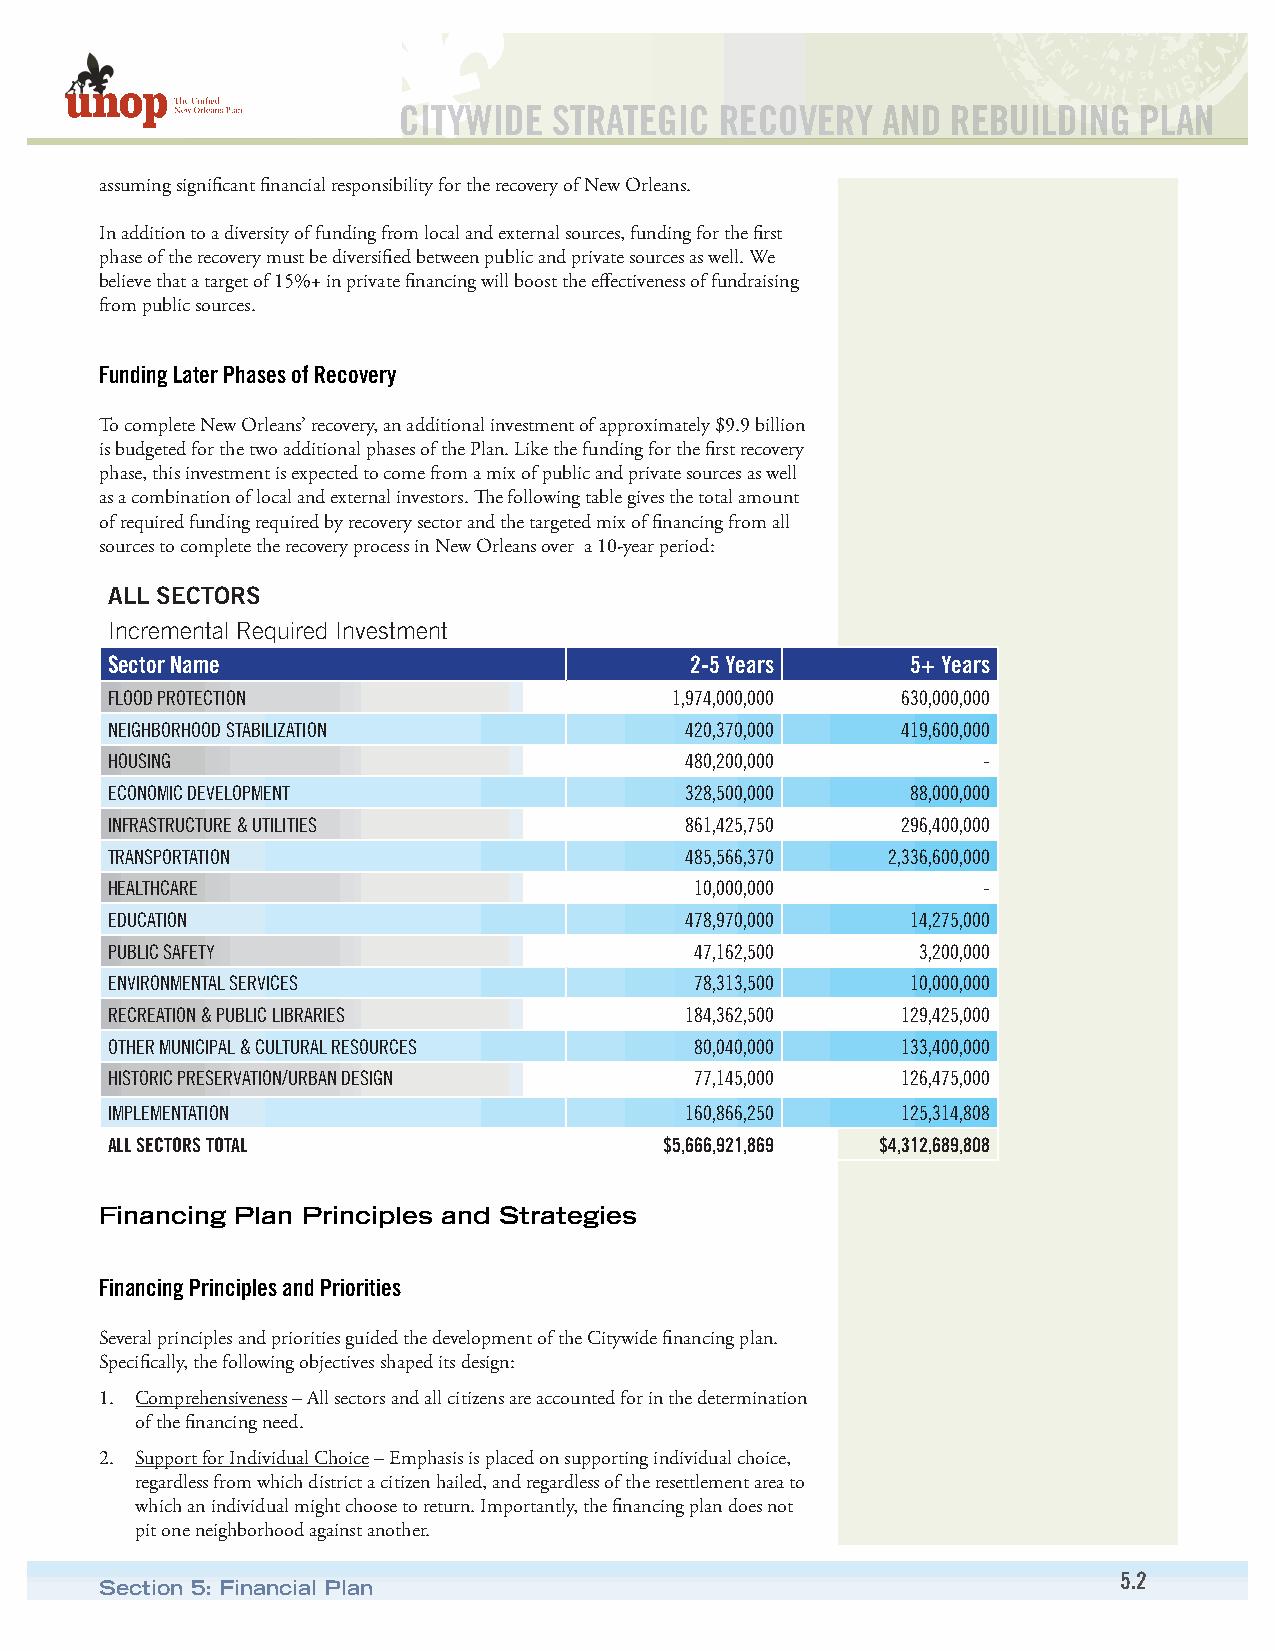
CITYWIDE   STRATEGIC  RECOVERY  AND  REBUILDING  PLAN
 assuming significant financial responsibility for the recovery of New Orleans.
 In addition to a diversity of funding from local and external sources, funding for the first
 phase of the recovery must be diversified between public and private sources as well. We
 believe that a target of 15%+ in private financing will boost the effectiveness of fundraising
 from public sources.
 Funding Later Phases of Recovery
 To complete New Orleans’ recovery, an additional investment of approximately $9.9 billion
 is budgeted for the two additional phases of the Plan. Like the funding for the first recovery
 phase, this investment is expected to come from a mix of public and private sources as well
 as a combination of local and external investors. The following table gives the total amount
 of required funding required by recovery sector and the targeted mix of financing from all
 sources to complete the recovery process in New Orleans over a 10-year period:
 ALL SECTORS
 Incremental Required Investment
 Sector Name                            2-5 Years     5+ Years
 FLOOD PROTECTION                     1,974,000,000   630,000,000
 NEIGHBORHOOD STABILIZATION            420,370,000    419,600,000
 HOUSING                               480,200,000         -
 ECONOMIC DEVELOPMENT                  328,500,000    88,000,000
 INFRASTRUCTURE & UTILITIES            861,425,750    296,400,000
 TRANSPORTATION                        485,566,370   2,336,600,000
 HEALTHCARE                             10,000,000         -
 EDUCATION                             478,970,000    14,275,000
 PUBLIC SAFETY                          47,162,500     3,200,000
 ENVIRONMENTAL SERVICES                 78,313,500    10,000,000
 RECREATION & PUBLIC LIBRARIES         184,362,500    129,425,000
 OTHER MUNICIPAL & CULTURAL RESOURCES   80,040,000    133,400,000
 HISTORIC PRESERVATION/URBAN DESIGN     77,145,000    126,475,000
 IMPLEMENTATION                        160,866,250    125,314,808
 ALL SECTORS TOTAL                    $5,666,921,869 $4,312,689,808
 Financing Plan Principles and Strategies
 Financing Principles and Priorities
 Several principles and priorities guided the development of the Citywide financing plan.
 Specifically, the following objectives shaped its design:
 1. Comprehensiveness – All sectors and all citizens are accounted for in the determination
 of the financing need.
 2. Support for Individual Choice – Emphasis is placed on supporting individual choice,
 regardless from which district a citizen hailed, and regardless of the resettlement area to
 which an individual might choose to return. Importantly, the financing plan does not
 pit one neighborhood against another.
 5.2
 Section 5: Financial Plan